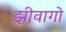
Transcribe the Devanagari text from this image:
झीवागो